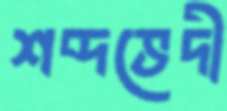
শব্দভেদী